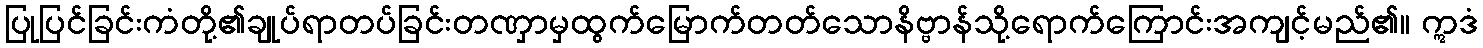
ပြုပြင်ခြင်းကံတို့၏ချုပ်ရာတပ်ခြင်းတဏှာမှထွက်မြောက်တတ်သောနိဗ္ဗာန်သို့ရောက်ကြောင်းအကျင့်မည်၏။ ဣဒံ